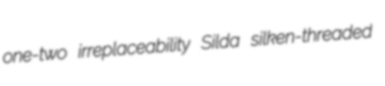
one-two irreplaceability Silda silken-threaded